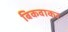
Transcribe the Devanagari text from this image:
बिकवाकर